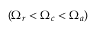
( \Omega _ { r } < \Omega _ { c } < \Omega _ { a } )